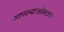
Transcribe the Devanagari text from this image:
आपल्यासोबतच